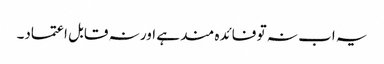
یہ اب نہ تو فائدہ مند ہے اور نہ قابل اعتماد۔